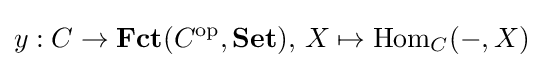
y:C\to \mathbf {Fct} (C^{\text{op}},\mathbf {Set} ),\,X\mapsto \operatorname {Hom} _{C}(-,X)